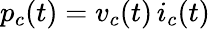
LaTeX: p_{c}(t)=v_{c}(t)\, i_{c}(t)